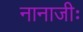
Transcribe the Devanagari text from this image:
नानाजीः